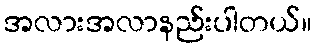
အလားအလာနည်းပါတယ်။